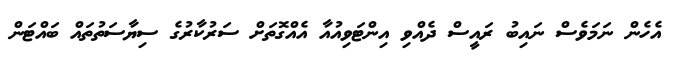
އެހެން ނަމަވެސް ނައިބު ރައީސް ދެއްވި އިންޓަވިއުއާ އެއްގޮތަށް ސަރުކާރުގެ ސިޔާސަތުތައް ބައްޓަން